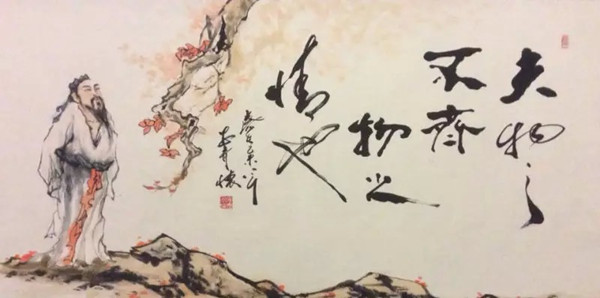
一物失称，乱之端也。夫德不称位，能不称官，赏不当功，罚不当罪，不祥莫大焉。